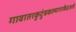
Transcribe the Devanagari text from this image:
गावात१कुटुंबकल्याणकेंद्रआहे